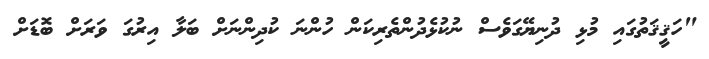
"ހަޤީޤަތުގައި މުޅި ދުނިޔޭގަވެސް ނުކުޅެދުންތެރިކަން ހުންނަ ކުދިންނަށް ބަލާ އިރުގަ ވަރަށް ބޮޑަށް